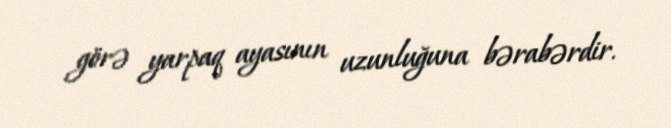
görə yarpaq ayasının uzunluğuna bərabərdir.